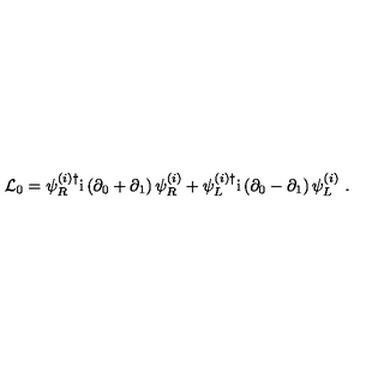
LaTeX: { \cal L } _ { 0 } = \psi _ { R } ^ { ( i ) \dagger } \mathrm { i } \left( \partial _ { 0 } + \partial _ { 1 } \right) \psi _ { R } ^ { ( i ) } + \psi _ { L } ^ { ( i ) \dagger } \mathrm { i } \left( \partial _ { 0 } - \partial _ { 1 } \right) \psi _ { L } ^ { ( i ) } \ .